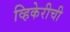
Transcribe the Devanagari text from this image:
व्हिकेरीची